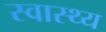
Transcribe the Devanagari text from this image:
स्‍वास्‍थ्य